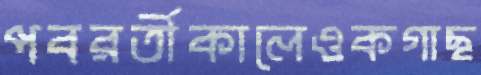
পবরর্তীকালেওকগাছ